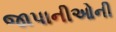
જાપાનીઓની